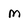
Character: M